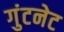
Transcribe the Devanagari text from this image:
गुंटनेट